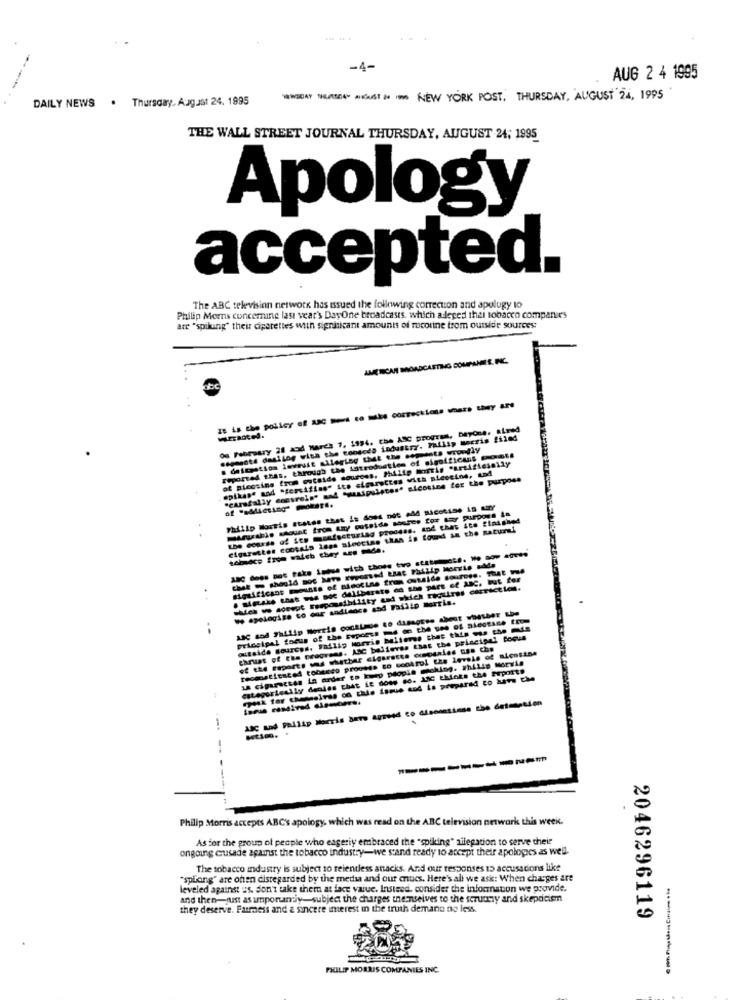
-4-
AUG 2 4 1995
DAILY NEWS . Thursday, August 24. 1995
--- --- NEW YORK POST. THURSDAY, AUGUST 24, 1995
THE WALL STREET JOURNAL THURSDAY, AUGUST 24; 1995
Apology
accepted.
The ABC television network has issued the following correction and apology to
Philip Moms concerning last year's DayOne broadcasts, which alleged thai tobacco companie's
are "spilung" their cigarettes with significant amounts of rocorine trom outside sources:
AMERICAN BROADCASTING COMPANIES, INC.
ze is the policy of anc =- s to mite corrections were they are
Os February 21 zod March 7, 1994. the ASC program, Dayone, aired
semöte dasilog with the congedo industry. Philip Morris filed
reported thas, through the introduction of sigofficans cts
of Bicosins from outside sources, Philip Morris *artificially
spikas" and "tersifins" ito siourettes with picseine, und
"carsfally Gnevreis" mal "manipulstes' sicosine for the purpose
Philip Morris states that is does not A4 sicotise in MY
those of its masseurlag prendas. and thes sto finished
cigarettes ecopalo less aloocins than is found in the natural
. Mimake that was soe deliberate on the part of ABC, but for
We apologize to our audience sad Fasiip morris.
ABC tod Philip Wereis continue to disagree about whether the
..
atsida sources, Failig Morris believes that this eus the ds
thrust of the progress. ASC believes taas the principal focus
reconstituted tobacco process so cookrol the levels of alcosise
of the esports und whether cigarette excepsales cas che
LA cigarettes in order to keep people moklog. philip Morris
categorically denies that it does so. Anc thinks the Purports
Philip Morris accepts ABC's apology, which was read on the ABC television network this week.
As for the group of people who eageriy embraced the "spiking" ailegation to serve their
ongoing crusade against the tobacco industry-we stand ready to accept their apologies as well.
The tobacco industry is subject to relentless anacks. And our responses to accusations like
"spirong" are onen disregarded by the media and out cucs. Here's all we ask: When charges are
leveled against us. don't take them at face value. Instead. consider the information we provide.
and then-just as importantiy subject the charges themselves to the scruury and skepticism
they deserve. Fairness and a sincere imerest in the truth demana no less.
2046296119
PHILIP MORRIS COMPANIES INC.